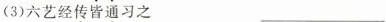
(3)六艺经传皆通习之 ___